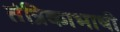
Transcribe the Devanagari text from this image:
तंत्रिकाभाषी